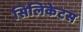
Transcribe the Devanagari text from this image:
सिलिकेटस